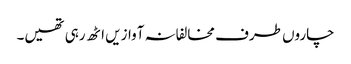
چاروں طرف مخالفانہ آوازیں اٹھ رہی تھیں۔